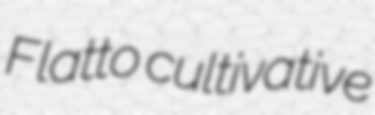
Flatto cultivative